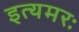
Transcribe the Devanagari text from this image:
इत्यमरः